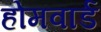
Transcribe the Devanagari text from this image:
होमवार्ड